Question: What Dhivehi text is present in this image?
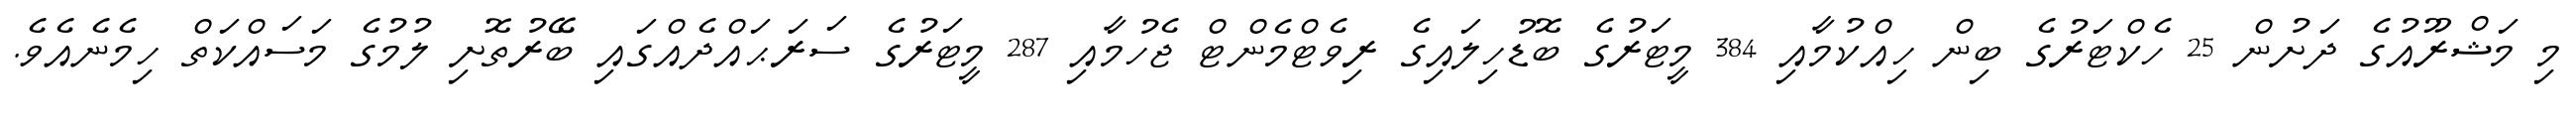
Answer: މި މަޝްރޫއުގެ ދަށުން 25 ހެކްޓަރުގެ ބިން ހިއްކުމާއި 384 މީޓަރުގެ ބޮޑުހިލައިގެ ރިވެޓްމެންޓް ޖެހުމާއި 287 މީޓަރުގެ ސަރަޙައްދެއްގައި ބޭރުތޮށި ލުމުގެ މަސައްކަތް ހިމެނެއެވެ.